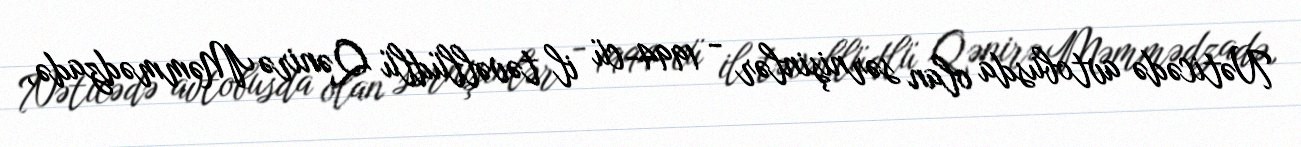
Nəticədə avtobusda olan sərnişinlər - 1994-cü il təvəllüdlü Qənirə Məmmədzadə,